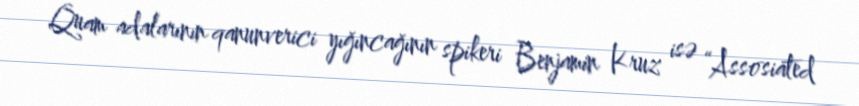
Quam adalarının qanunverici yığıncağının spikeri Benjamin Kruz isə “Assosiated